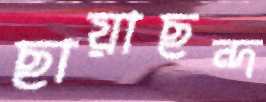
ছায়াছন্দ